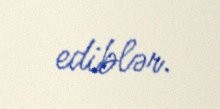
ediblər.